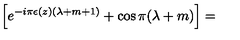
\left[ e ^ { - i \pi \epsilon ( z ) ( \lambda + m + 1 ) } + \cos \pi ( \lambda + m ) \right] =